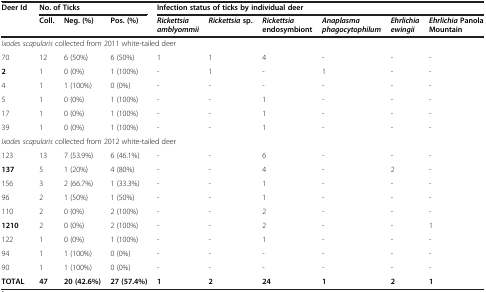
| <ROWSPAN=2> Deer Id | <COLSPAN=3> No. of Ticks | <COLSPAN=6> Infection status of ticks by individual deer |
 | Coll. | Neg. (%) | Pos. (%) | Rickettsia amblyommii | Rickettsiasp. | Rickettsiaendosymbiont | Anaplasma phagocytophilum | Ehrlichia ewingii | EhrlichiaPanola Mountain |
 | --- | --- | --- | --- | --- | --- | --- | --- | --- | --- |
 | <COLSPAN=10> Ixodes scapularis collected from 2011 white-tailed deer |
 | 70 | 12 | 6 (50%) | 6 (50%) | 1 | 1 | 4 | - | - | - |
 | 2 | 1 | 0 (0%) | 1 (100%) | - | 1 | - | 1 | - | - |
 | 4 | 1 | 1 (100%) | 0 (0%) | - | - | - | - | - | - |
 | 5 | 1 | 0 (0%) | 1 (100%) | - | - | 1 | - | - | - |
 | 17 | 1 | 0 (0%) | 1 (100%) | - | - | 1 | - | - | - |
 | 39 | 1 | 0 (0%) | 1 (100%) | - | - | 1 | - | - | - |
 | <COLSPAN=10> Ixodes scapularis collected from 2012 white-tailed deer |
 | 123 | 13 | 7 (53.9%) | 6 (46.1%) | - | - | 6 | - | - | - |
 | 137 | 5 | 1 (20%) | 4 (80%) | - | - | 4 | - | 2 | - |
 | 156 | 3 | 2 (66.7%) | 1 (33.3%) | - | - | 1 | - | - | - |
 | 96 | 2 | 1 (50%) | 1 (50%) | - | - | 1 | - | - | - |
 | 110 | 2 | 0 (0%) | 2 (100%) | - | - | 2 | - | - | - |
 | 1210 | 2 | 0 (0%) | 2 (100%) | - | - | 2 | - | - | 1 |
 | 122 | 1 | 0 (0%) | 1 (100%) | - | - | 1 | - | - | - |
 | 94 | 1 | 1 (100%) | 0 (0%) | - | - | - | - | - | - |
 | 90 | 1 | 1 (100%) | 0 (0%) | - | - | - | - | - | - |
 | TOTAL | 47 | 20 (42.6%) | 27 (57.4%) | 1 | 2 | 24 | 1 | 2 | 1 |